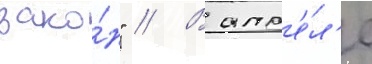
зако́н" // В апр'е́л'е